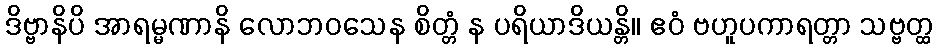
ဒိဗ္ဗာနိပိ အာရမ္မဏာနိ လောဘဝသေန စိတ္တံ န ပရိယာဒိယန္တိ။ ဧဝံ ဗဟူပကာရတ္တာ သဗ္ဗတ္ထ